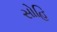
સોહિ